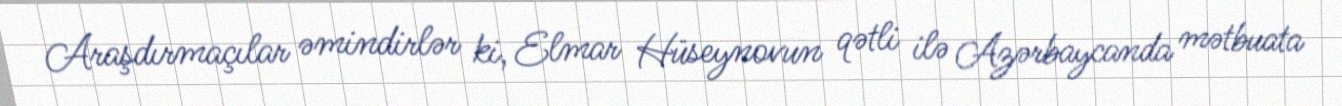
Araşdırmaçılar əmindirlər ki, Elmar Hüseynovun qətli ilə Azərbaycanda mətbuata